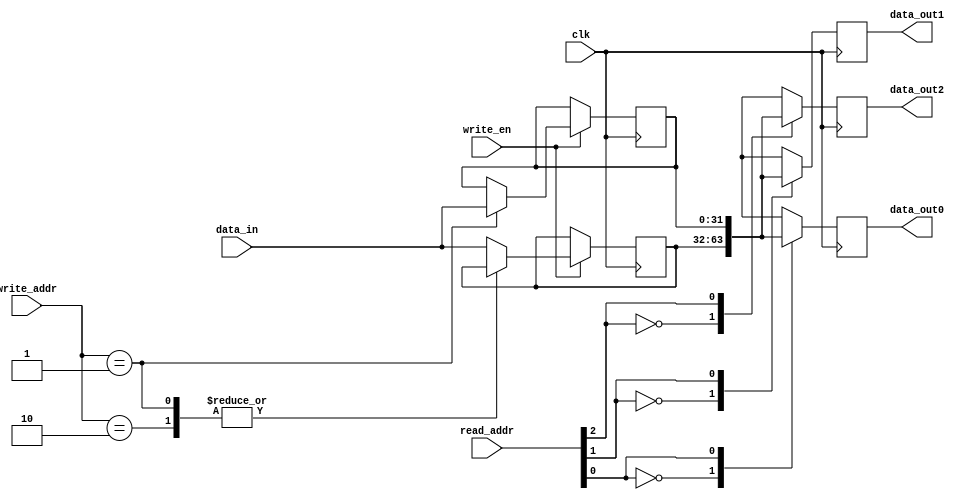
module register_file (
    input wire clk,
    input wire [2:0] read_addr,
    input wire [2:0] write_addr,
    input wire write_en,
    input wire [31:0] data_in,
    output reg [31:0] data_out0,
    output reg [31:0] data_out1,
    output reg [31:0] data_out2
);

reg [31:0] registers [0:2];

always @(posedge clk) begin
    if (write_en) begin
        case (write_addr)
            3'b000: registers[0] <= data_in;
            3'b001: registers[1] <= data_in;
            3'b010: registers[2] <= data_in;
            default: registers[0] <= data_in;
        endcase
    end

    data_out0 <= registers[read_addr[0]];
    data_out1 <= registers[read_addr[1]];
    data_out2 <= registers[read_addr[2]];
end

endmodule